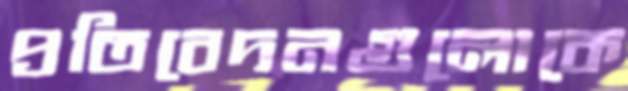
প্রতিবেদনগুলোকে